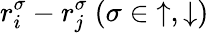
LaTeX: r_{i}^{\sigma}-r_{j}^{\sigma}~(\sigma\in{\uparrow,\downarrow})